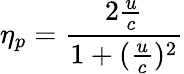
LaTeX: \eta_{p}={\frac{2{\frac{u}{c}}}{1+({\frac{u}{c}})^{2}}}